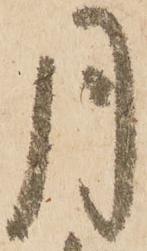
月